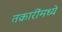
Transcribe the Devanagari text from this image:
तक्रारींमध्ये